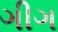
ગીગ